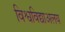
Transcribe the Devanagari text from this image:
विश्वविद्याअलय